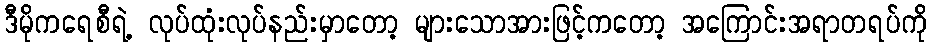
ဒီမိုကရေစီရဲ့ လုပ်ထုံးလုပ်နည်းမှာတော့ များသောအားဖြင့်ကတော့ အကြောင်းအရာတရပ်ကို